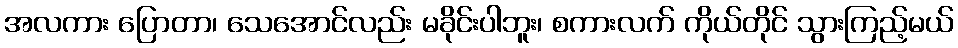
အလကား ပြောတာ၊ သေအောင်လည်း မခိုင်းပါဘူး၊ စကားလက် ကိုယ်တိုင် သွားကြည့်မယ်